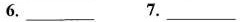
6.___ 7.___